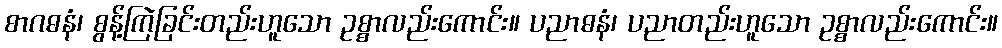
စာဂဓနံ၊ စွန့်ကြဲခြင်းတည်းဟူသော ဥစ္စာလည်းကောင်း။ ပညာဓနံ၊ ပညာတည်းဟူသော ဥစ္စာလည်းကောင်း။